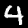
Digit: 4